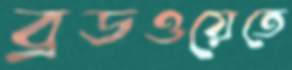
ব্রডওয়েতে